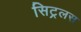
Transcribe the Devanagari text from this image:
सिट्रलस